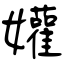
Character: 孉